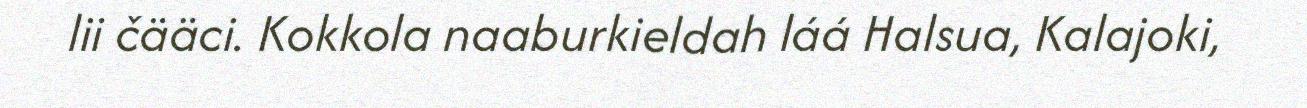
lii čääci. Kokkola naaburkieldah láá Halsua, Kalajoki,